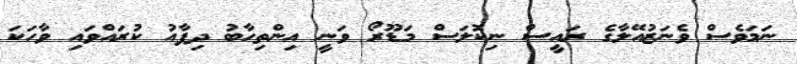
ނަމަވެސް ވެނަޒުއޭލާގެ ރައީސް ނިކޮލަސް މަޑޫރޯ ވަނީ އިންތިހާބު ދިފާއު ކުރައްވައި ވާހަކަ